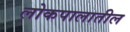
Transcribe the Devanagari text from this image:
लोकपालातील